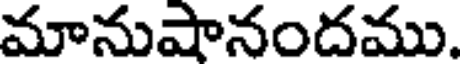
మానుషానందము.